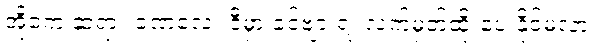
အိုကေ ဆရာ။ ခဏလေး ဒီမှာ ခင်ဗျားရဲ့ လက်မှတ်ထိုးပေးနိုင်မလား။